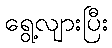
ရွေ့လျားပြီး